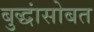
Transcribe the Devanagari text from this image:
बुद्धांसोबत